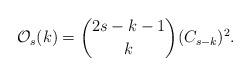
LaTeX: \begin{align*}\mathcal{O}_{s}(k) = {{2s-k-1 } \choose {k} } (C_{s-k})^2.\end{align*}